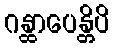
ဂန္ထာပေန္တိပိ